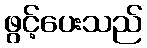
ဖွင့်ပေးသည်